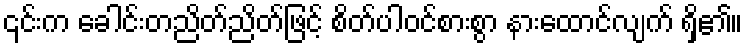
၎င်းက ခေါင်းတညိတ်ညိတ်ဖြင့် စိတ်ပါဝင်စားစွာ နားထောင်လျက် ရှိ၏။